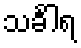
သင်္ခါရ